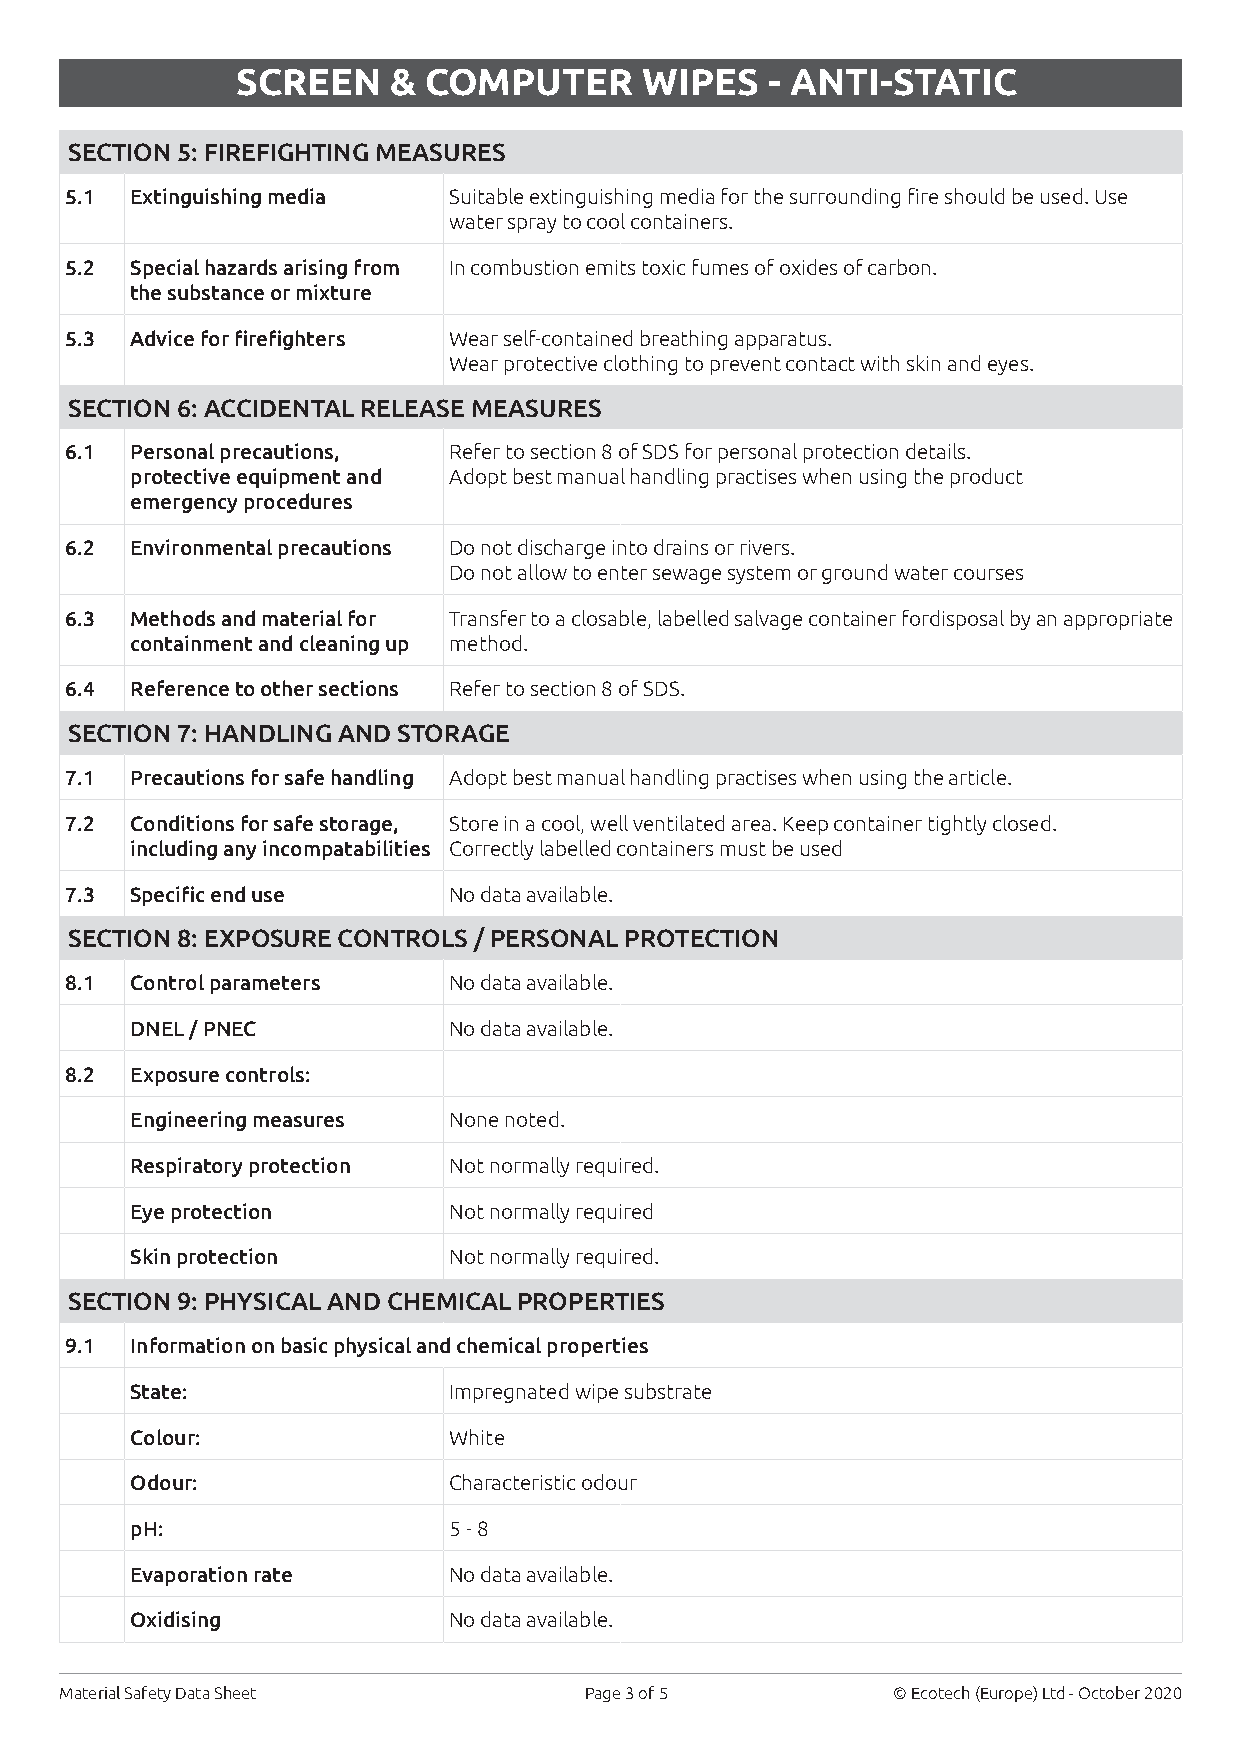
SCREEN    & COMPUTER       WIPES   - ANTI-STATIC
 SECTION 5: FIREFIGHTING MEASURES
 5.1  Extinguishing media  Suitable extinguishing media for the surrounding fire should be used. Use
 water spray to cool containers.
 5.2  Special hazards arising from In combustion emits toxic fumes of oxides of carbon.
 the substance or mixture
 5.3  Advice for firefighters Wear self-contained breathing apparatus.
 Wear protective clothing to prevent contact with skin and eyes.
 SECTION 6: ACCIDENTAL RELEASE MEASURES
 6.1  Personal precautions, Refer to section 8 of SDS for personal protection details.
 protective equipment and Adopt best manual handling practises when using the product
 emergency procedures
 6.2  Environmental precautions Do not discharge into drains or rivers.
 Do not allow to enter sewage system or ground water courses
 6.3  Methods and material for Transfer to a closable, labelled salvage container fordisposal by an appropriate
 containment and cleaning up method.
 6.4  Reference to other sections Refer to section 8 of SDS.
 SECTION 7: HANDLING AND STORAGE
 7.1  Precautions for safe handling Adopt best manual handling practises when using the article.
 7.2  Conditions for safe storage, Store in a cool, well ventilated area. Keep container tightly closed.
 including any incompatabilities Correctly labelled containers must be used
 7.3  Specific end use     No data available.
 SECTION 8: EXPOSURE CONTROLS / PERSONAL PROTECTION
 8.1  Control parameters   No data available.
 DNEL / PNEC          No data available.
 8.2  Exposure controls:
 Engineering measures None noted.
 Respiratory protection Not normally required.
 Eye protection       Not normally required
 Skin protection      Not normally required.
 SECTION 9: PHYSICAL AND CHEMICAL PROPERTIES
 9.1  Information on basic physical and chemical properties
 State:               Impregnated wipe substrate
 Colour:              White
 Odour:               Characteristic odour
 pH:                  5 - 8
 Evaporation rate     No data available.
 Oxidising            No data available.
 Material Safety Data Sheet         Page 3 of 5         © Ecotech (Europe) Ltd - October 2020